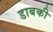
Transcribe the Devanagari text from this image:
डाबकी